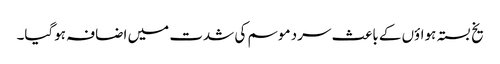
یخ بستہ ہواؤں کے باعث سرد موسم کی شدت میں اضافہ ہوگیا۔